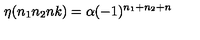
\eta ( n _ { 1 } n _ { 2 } n k ) = \alpha ( - 1 ) ^ { n _ { 1 } + n _ { 2 } + n }